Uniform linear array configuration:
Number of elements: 64
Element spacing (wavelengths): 0.5
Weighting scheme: binomial
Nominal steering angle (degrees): -60
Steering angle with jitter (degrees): -60.251
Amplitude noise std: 0.05
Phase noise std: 0.05

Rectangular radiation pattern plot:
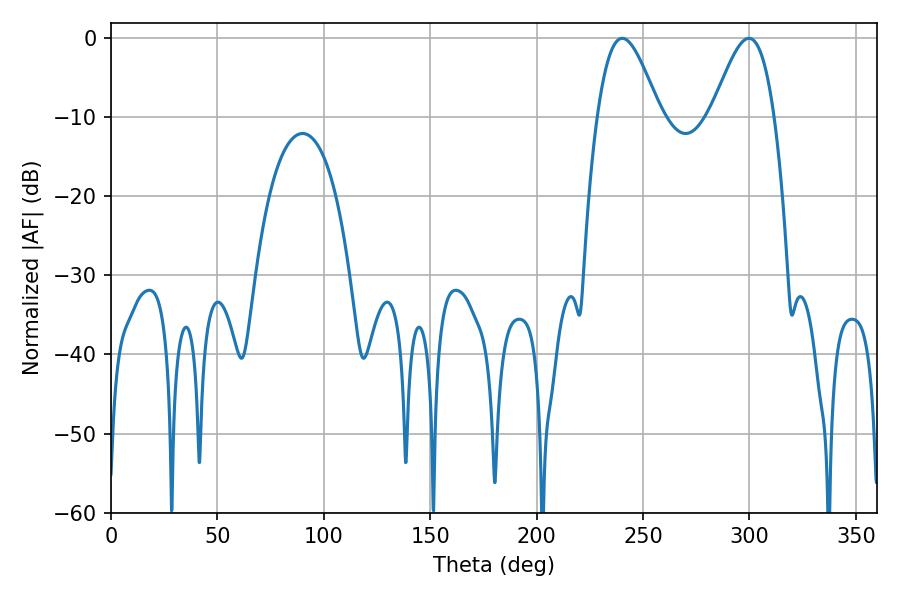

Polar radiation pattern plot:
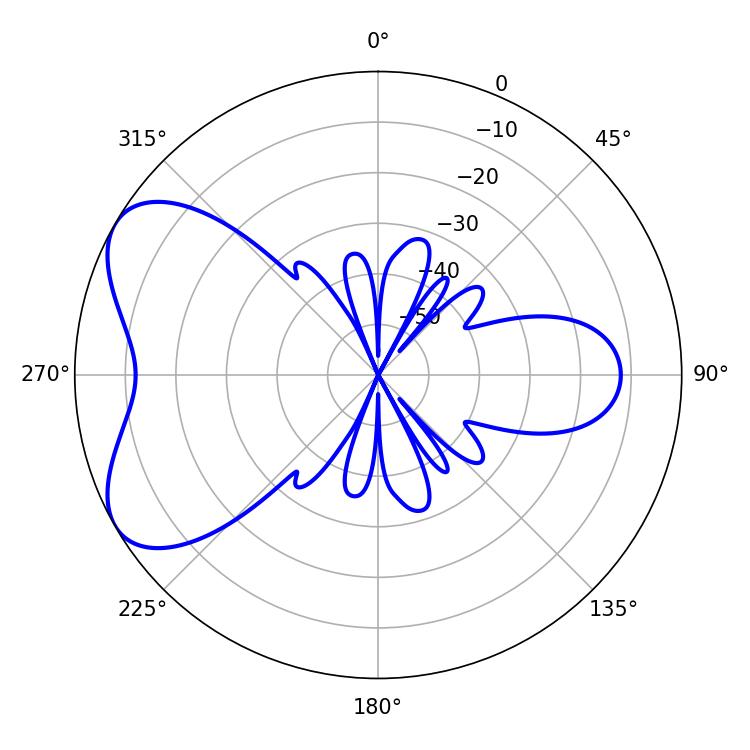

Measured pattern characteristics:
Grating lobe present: FALSE
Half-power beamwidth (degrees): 15.66
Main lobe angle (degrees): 240.3